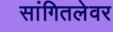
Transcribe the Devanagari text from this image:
सांगितलेवर